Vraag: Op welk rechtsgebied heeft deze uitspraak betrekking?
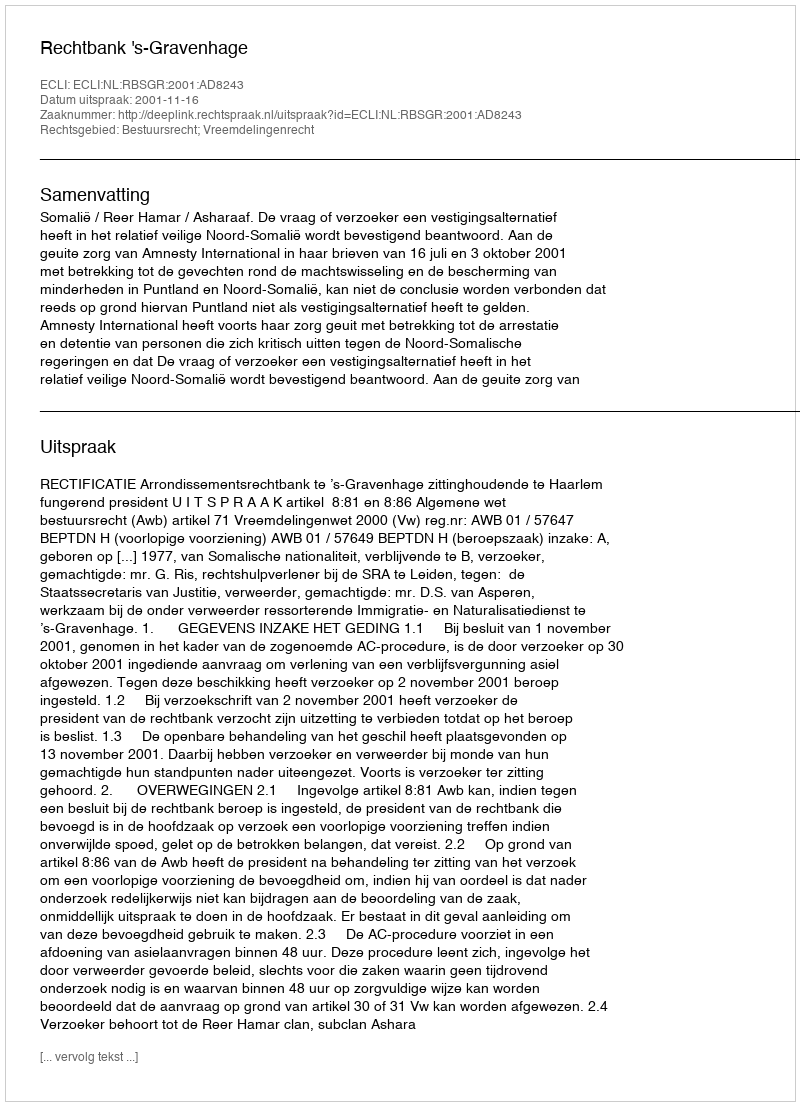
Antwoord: Bestuursrecht; Vreemdelingenrecht